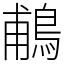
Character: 鵏